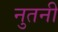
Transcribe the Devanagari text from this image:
नुतनी